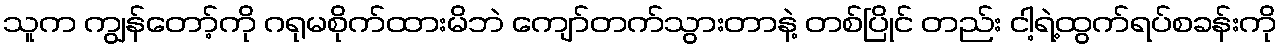
သူက ကျွန်တော့်ကို ဂရုမစိုက်ထားမိဘဲ ကျော်တက်သွားတာနဲ့ တစ်ပြိုင် တည်း ငါ့ရဲ့ထွက်ရပ်စခန်းကို